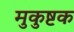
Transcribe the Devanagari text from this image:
मुकुष्टक